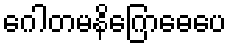
ဂေါတမနိဂြောဓေပေ